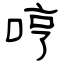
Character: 哼